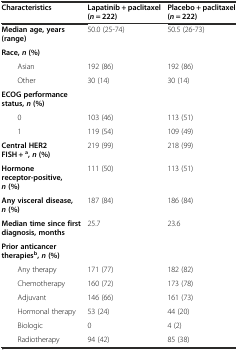
| Characteristics | Lapatinib + paclitaxel (n = 222) | Placebo + paclitaxel (n = 222) |
 | --- | --- | --- |
 | Median age, years (range) | 50.0 (25-74) | 50.5 (26-73) |
 | Race,n(%) |  |  |
 | Asian | 192 (86) | 192 (86) |
 | Other | 30 (14) | 30 (14) |
 | ECOG performance status,n(%) |  |  |
 | 0 | 103 (46) | 113 (51) |
 | 1 | 119 (54) | 109 (49) |
 | Central HER2 FISH + a,n(%) | 219 (99) | 218 (99) |
 | Hormone receptor-positive,n(%) | 111 (50) | 113 (51) |
 | Any visceral disease,n(%) | 187 (84) | 186 (84) |
 | Median time since first diagnosis, months | 25.7 | 23.6 |
 | Prior anticancer therapiesb,n(%) |  |  |
 | Any therapy | 171 (77) | 182 (82) |
 | Chemotherapy | 160 (72) | 173 (78) |
 | Adjuvant | 146 (66) | 161 (73) |
 | Hormonal therapy | 53 (24) | 44 (20) |
 | Biologic | 0 | 4 (2) |
 | Radiotherapy | 94 (42) | 85 (38) |